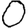
Digit: 0